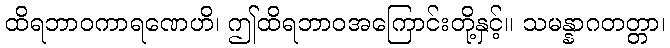
ထိရဘာဝကာရဏေဟိ၊ ဤထိရဘာဝအကြောင်းတို့နှင့်။ သမန္နာဂတတ္တာ၊